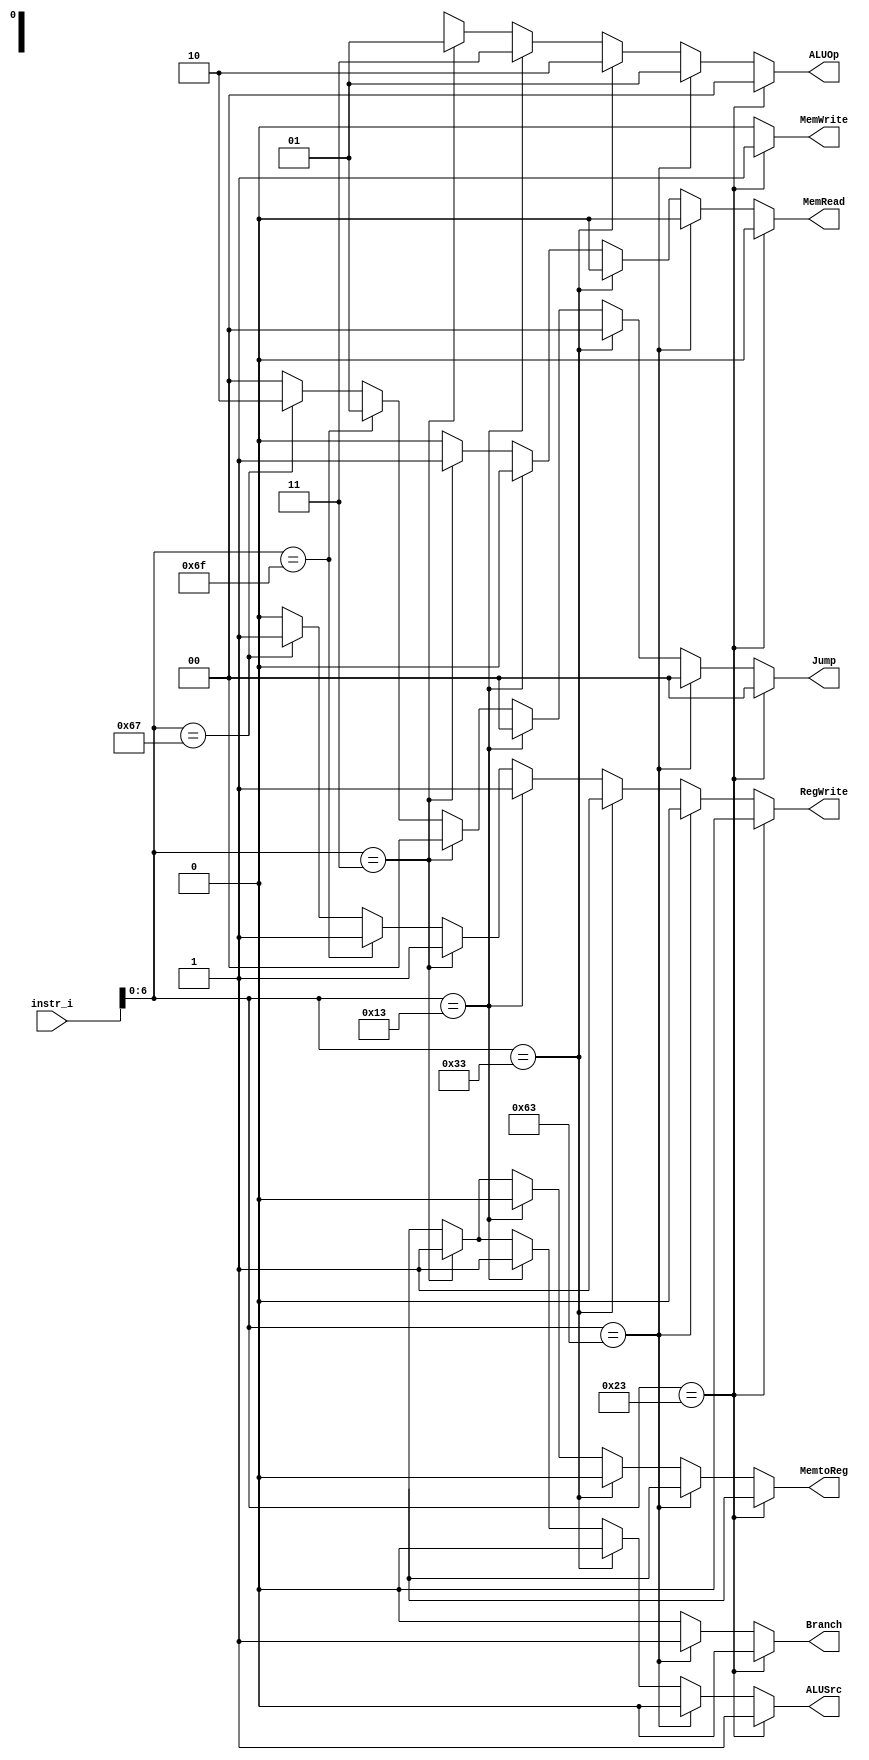
/***************************************************
Student Name:  
Student ID:  0716080 0716203
***************************************************/

`timescale 1ns/1ps

module Decoder(
	input [31:0] 	instr_i,
	output          ALUSrc,
	output          MemtoReg,
	output          RegWrite,
	output          MemRead,
	output          MemWrite,
	output          Branch,
	output [1:0]	ALUOp,
	output [1:0]	Jump
	);

/* Write your code HERE */

wire	[7-1:0]		opcode;
assign opcode = instr_i[6:0];

/*
assign ALUSrc = (opcode == 7'b0010011)?1:0; //I-type = 1
assign RegWrite = (opcode == 7'b1100011)?0: //B-type = 0
				  (opcode == 7'b0110011)?1: //R-type = 1
				  (opcode == 7'b0010011)?1:0; //I-type = 1
assign Branch = (opcode == 7'b1100011)?1:0; //B-type = 1
assign ALUOp = (opcode == 7'b1100011)?2'b01:( //B-type
				opcode == 7'b0110011)?2'b10:( //R-type
				opcode == 7'b0010011)?2'b11:2'b00; //I-type S-type
 */

assign ALUOp = (opcode == 7'b0100011)?2'b00: //S-type
			   (opcode == 7'b1100011)?2'b01: //B-type
			   (opcode == 7'b0110011)?2'b10: //R-type
			   (opcode == 7'b0010011)?2'b11: //I-type
			   (opcode == 7'b0000011)?2'b01: //lw funct3=010 slti Btype
			   2'bxx; //jal jalr
				
assign ALUSrc = (opcode == 7'b0100011)?1: //S-type
				(opcode == 7'b1100011)?0: //B-type
				(opcode == 7'b0110011)?0: //R-type
				(opcode == 7'b0010011)?1: //I-type
				(opcode == 7'b0000011)?1: //lw
				1'bx; //jal jalr
				
assign MemtoReg = (opcode == 7'b0100011)?1'bx: //S-type
				  (opcode == 7'b1100011)?1'bx: //B-type
				  (opcode == 7'b0110011)?0: //R-type
				  (opcode == 7'b0010011)?0: //I-type
				  (opcode == 7'b0000011)?1: //lw
				  1'bx; //jal jalr

assign RegWrite = (opcode == 7'b0100011)?0: //S-type
				  (opcode == 7'b1100011)?0: //B-type
				  (opcode == 7'b0110011)?1: //R-type
				  (opcode == 7'b0010011)?1: //I-type
				  (opcode == 7'b0000011)?1: //lw
				  (opcode == 7'b1101111)?1: //jal
				  (opcode == 7'b1100111)?1: //jalr
				  0; //default
				  
assign MemRead  = (opcode == 7'b0100011)?0: //S-type
				  (opcode == 7'b1100011)?0: //B-type
				  (opcode == 7'b0110011)?0: //R-type
				  (opcode == 7'b0010011)?0: //I-type
				  (opcode == 7'b0000011)?1: //lw
				  0; //jal jalr
				  
assign MemWrite = (opcode == 7'b0100011)?1: //S-type
				  (opcode == 7'b1100011)?0: //B-type
				  (opcode == 7'b0110011)?0: //R-type
				  (opcode == 7'b0010011)?0: //I-type
				  (opcode == 7'b0000011)?0: //lw
				  0; //jal jalr
				  
assign Branch   = (opcode == 7'b0100011)?0: //S-type
				  (opcode == 7'b1100011)?1: //B-type
				  (opcode == 7'b0110011)?0: //R-type
				  (opcode == 7'b0010011)?0: //I-type
				  (opcode == 7'b0000011)?0: //lw
				  0; //jal jalr
				  
assign Jump = (opcode == 7'b0100011)?2'b00: //S-type
			  (opcode == 7'b1100011)?2'b00: //B-type
			  (opcode == 7'b0110011)?2'b00: //R-type
			  (opcode == 7'b0010011)?2'b00: //I-type
			  (opcode == 7'b0000011)?2'b00: //lw
			  (opcode == 7'b1101111)?2'b01: //jal
			  (opcode == 7'b1100111)?2'b10: //jalr
			  2'b00; //default
 
endmodule